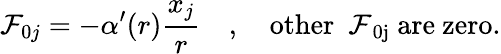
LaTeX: {\cal F}_{0j}=-\alpha^{\prime}(r)\frac{x_{j}}r\quad,\quad\mathrm{other~{\cal~F}_{0j}~are~zero}.